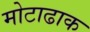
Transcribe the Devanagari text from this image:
मोटाढाक